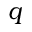
q